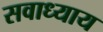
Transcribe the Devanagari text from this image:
सवाध्याय